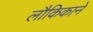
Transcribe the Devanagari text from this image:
लौकिकाने